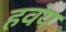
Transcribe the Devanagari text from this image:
हवंय